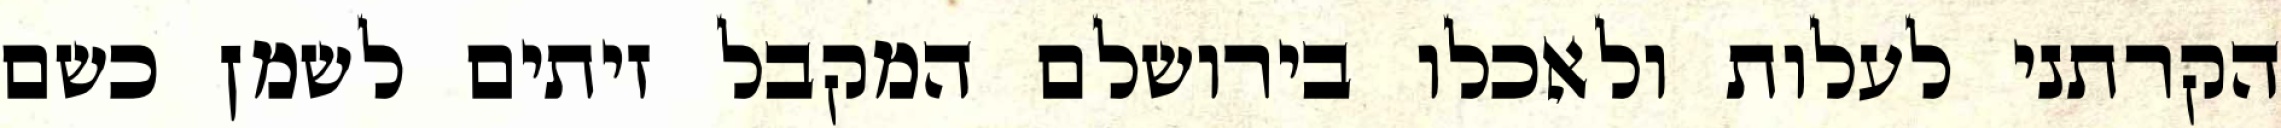
הקרתני לעלות ולאכלו בירושלם המקבל זיתים לשמן כשם